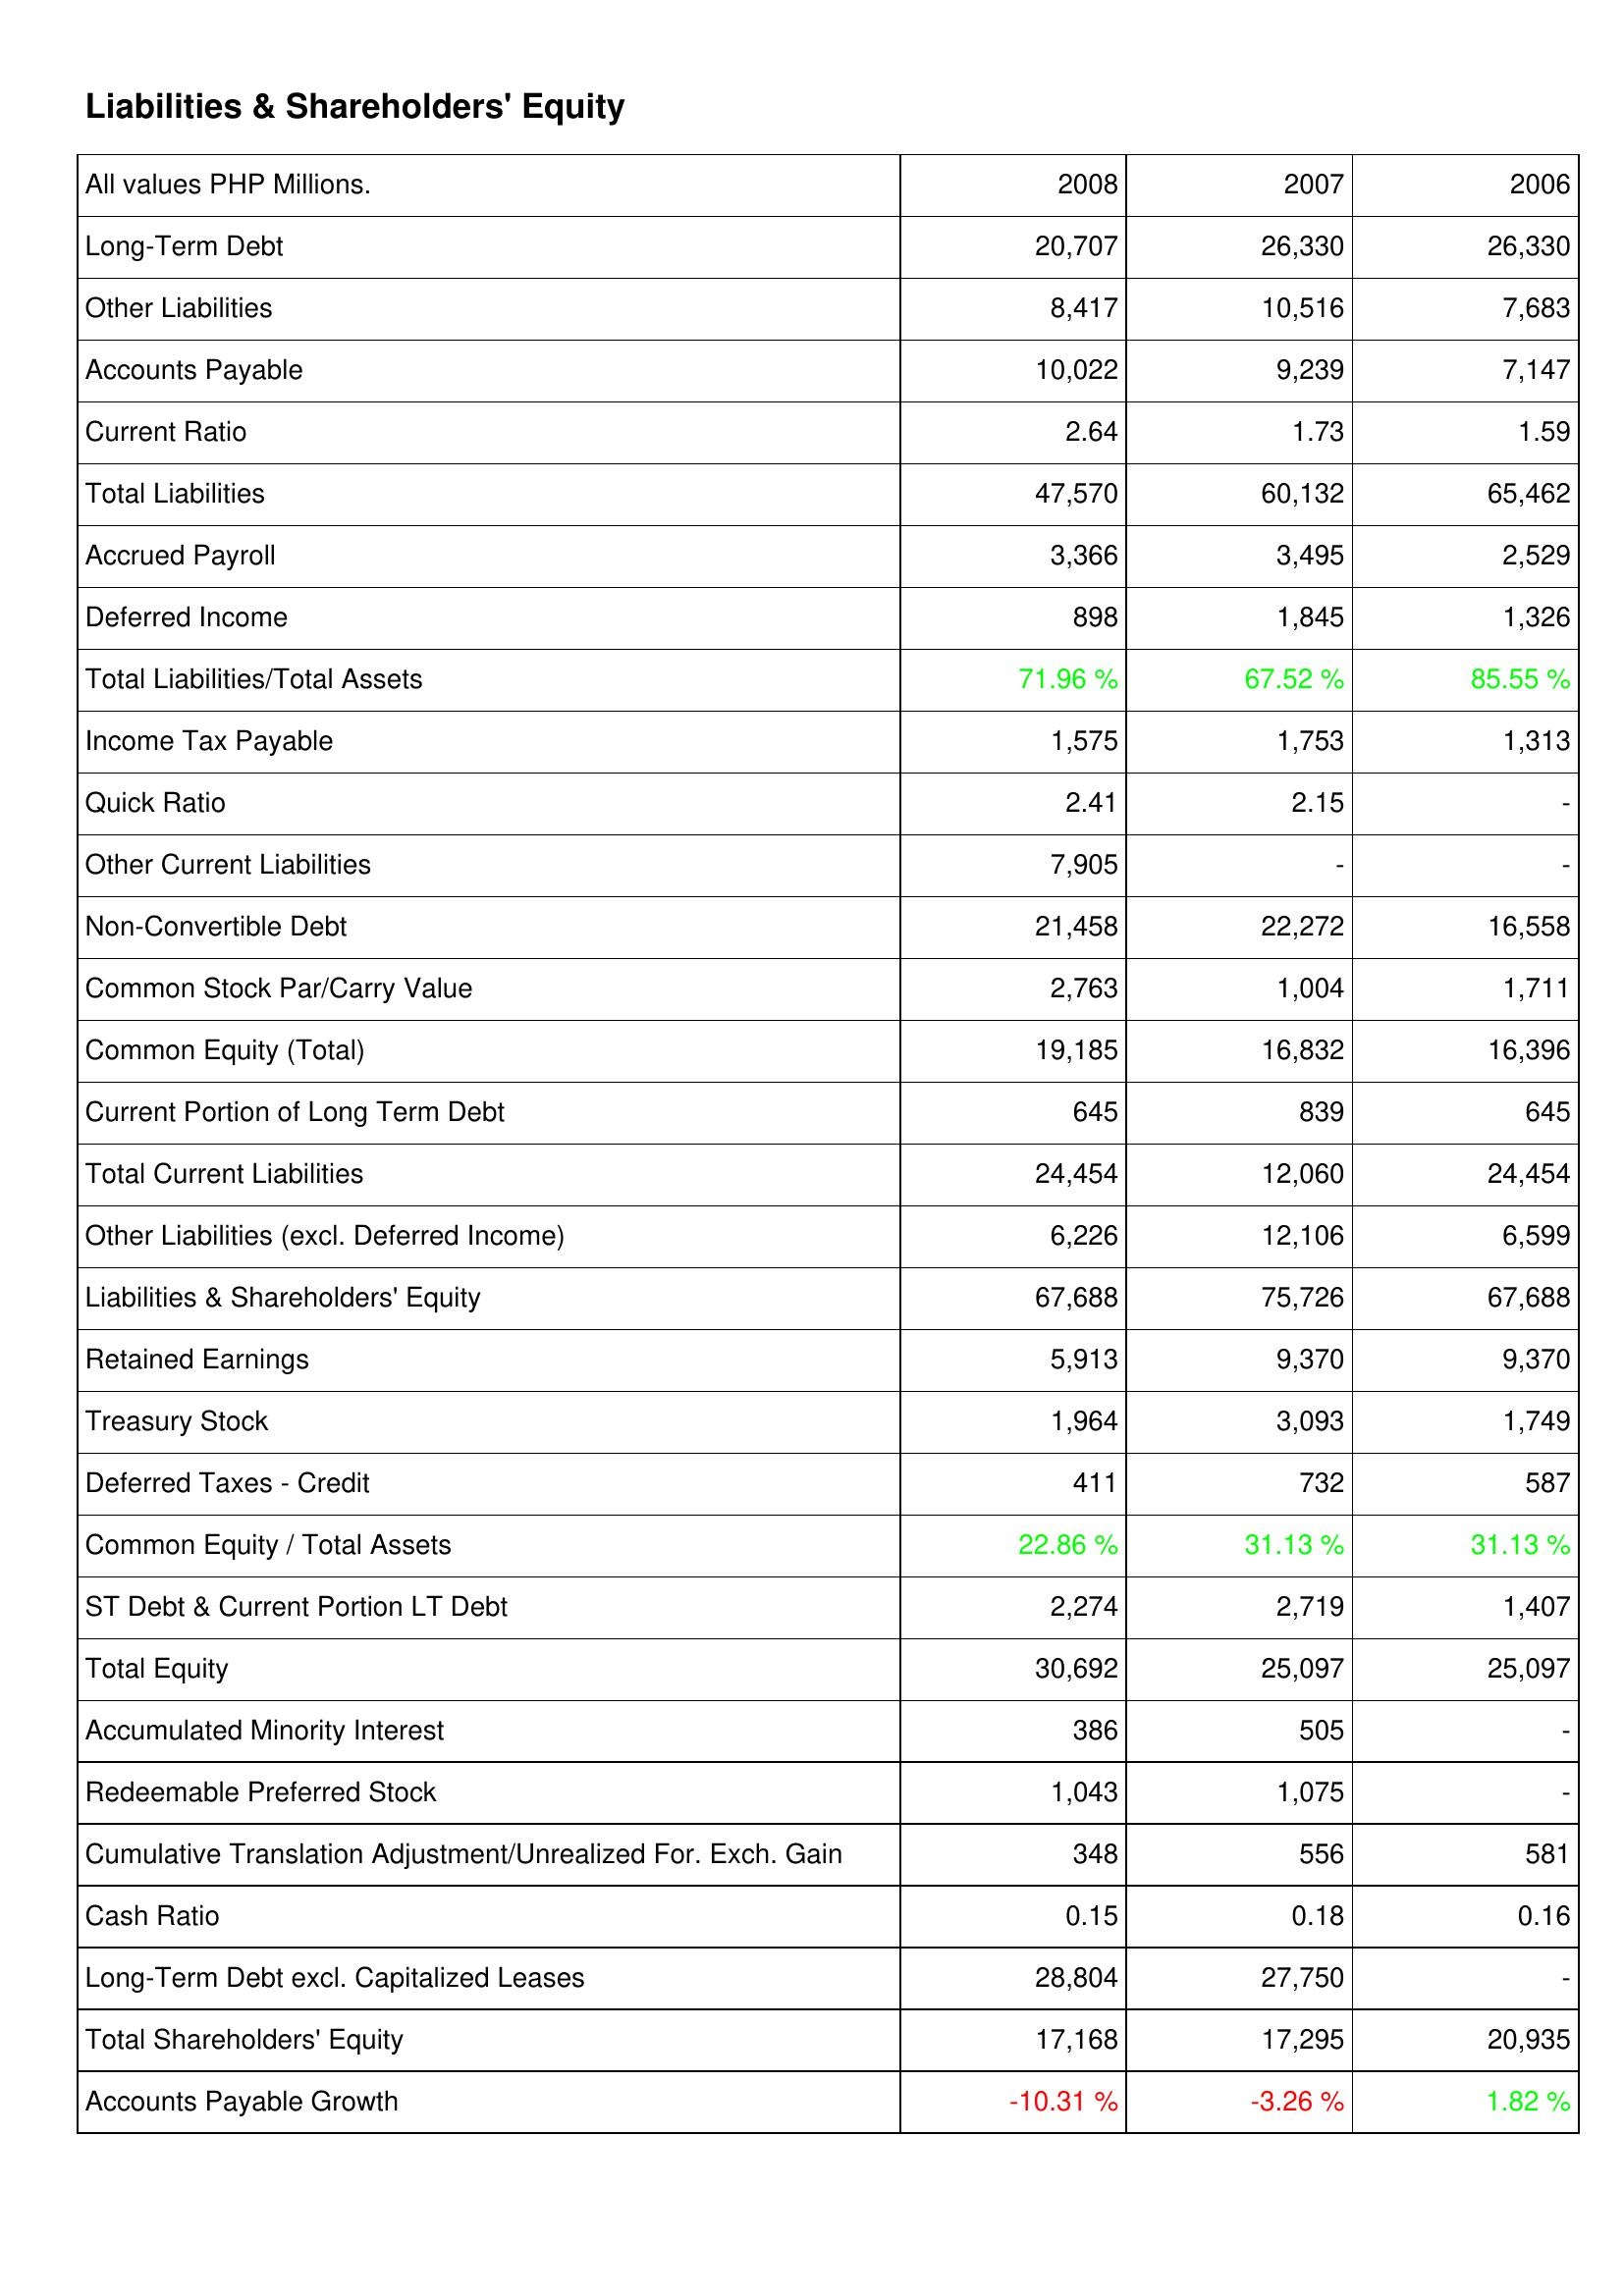
2008: Liabilities & Shareholders' Equity: Long-Term Debt: 20,707
Other Liabilities: 8,417
Accounts Payable: 10,022
Current Ratio: 2.64
Total Liabilities: 47,570
Accrued Payroll: 3,366
Deferred Income: 898
Total Liabilities/Total Assets: 71.96 %
Income Tax Payable: 1,575
Quick Ratio: 2.41
Other Current Liabilities: 7,905
Non-Convertible Debt: 21,458
Common Stock Par/Carry Value: 2,763
Common Equity (Total): 19,185
Current Portion of Long Term Debt: 645
Total Current Liabilities: 24,454
Other Liabilities (excl. Deferred Income): 6,226
Liabilities & Shareholders' Equity: 67,688
Retained Earnings: 5,913
Treasury Stock: 1,964
Deferred Taxes - Credit: 411
Common Equity / Total Assets: 22.86 %
ST Debt & Current Portion LT Debt: 2,274
Total Equity: 30,692
Accumulated Minority Interest: 386
Redeemable Preferred Stock: 1,043
Cumulative Translation Adjustment/Unrealized For. Exch. Gain: 348
Cash Ratio: 0.15
Long-Term Debt excl. Capitalized Leases: 28,804
Total Shareholders' Equity: 17,168
Accounts Payable Growth: -10.31 %
2007: Liabilities & Shareholders' Equity: Long-Term Debt: 26,330
Other Liabilities: 10,516
Accounts Payable: 9,239
Current Ratio: 1.73
Total Liabilities: 60,132
Accrued Payroll: 3,495
Deferred Income: 1,845
Total Liabilities/Total Assets: 67.52 %
Income Tax Payable: 1,753
Quick Ratio: 2.15
Other Current Liabilities: -
Non-Convertible Debt: 22,272
Common Stock Par/Carry Value: 1,004
Common Equity (Total): 16,832
Current Portion of Long Term Debt: 839
Total Current Liabilities: 12,060
Other Liabilities (excl. Deferred Income): 12,106
Liabilities & Shareholders' Equity: 75,726
Retained Earnings: 9,370
Treasury Stock: 3,093
Deferred Taxes - Credit: 732
Common Equity / Total Assets: 31.13 %
ST Debt & Current Portion LT Debt: 2,719
Total Equity: 25,097
Accumulated Minority Interest: 505
Redeemable Preferred Stock: 1,075
Cumulative Translation Adjustment/Unrealized For. Exch. Gain: 556
Cash Ratio: 0.18
Long-Term Debt excl. Capitalized Leases: 27,750
Total Shareholders' Equity: 17,295
Accounts Payable Growth: -3.26 %
2006: Liabilities & Shareholders' Equity: Long-Term Debt: 26,330
Other Liabilities: 7,683
Accounts Payable: 7,147
Current Ratio: 1.59
Total Liabilities: 65,462
Accrued Payroll: 2,529
Deferred Income: 1,326
Total Liabilities/Total Assets: 85.55 %
Income Tax Payable: 1,313
Quick Ratio: -
Other Current Liabilities: -
Non-Convertible Debt: 16,558
Common Stock Par/Carry Value: 1,711
Common Equity (Total): 16,396
Current Portion of Long Term Debt: 645
Total Current Liabilities: 24,454
Other Liabilities (excl. Deferred Income): 6,599
Liabilities & Shareholders' Equity: 67,688
Retained Earnings: 9,370
Treasury Stock: 1,749
Deferred Taxes - Credit: 587
Common Equity / Total Assets: 31.13 %
ST Debt & Current Portion LT Debt: 1,407
Total Equity: 25,097
Accumulated Minority Interest: -
Redeemable Preferred Stock: -
Cumulative Translation Adjustment/Unrealized For. Exch. Gain: 581
Cash Ratio: 0.16
Long-Term Debt excl. Capitalized Leases: -
Total Shareholders' Equity: 20,935
Accounts Payable Growth: 1.82 %